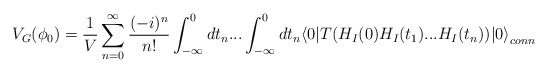
\begin{align*}V_G(\phi_0)={1\over V} \sum_{n=0}^{\infty} \frac {(-i)^n} {n!} \int_{-\infty}^0d t_n ... \int_{-\infty}^0 d t_n \langle 0 | T(H_I(0)H_I(t_1) ... H_I(t_n))|0 {\rangle}_{conn}\end{align*}